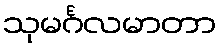
သုမင်္ဂလမာတာ